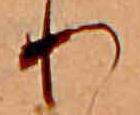
り